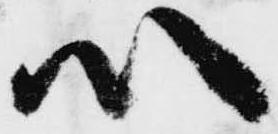
心